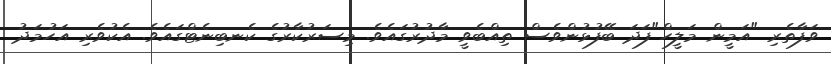
ވަފާތެރި "އަމީން މަލީހް"ފަދަ ބޭފުޅުންވެސް ތިއްބެވީ މާދުރުގައެވެ. މިސަރުކާރުގެ ކެނބިނެޓްގައެވެ. އެކުވެރި އަހުމަދު